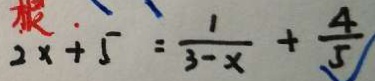
2 x + 5 = \frac { 1 } { 3 - x } + \frac { 4 } { 5 }